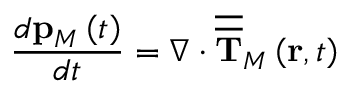
\frac { d \mathbf { p } _ { M } \left( t \right) } { d t } = \nabla \cdot \overline { { \overline { { \mathbf { T } } } } } _ { M } \left( \mathbf { r } , t \right)